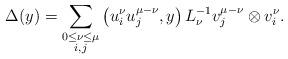
LaTeX: \begin{align*} \Delta(y) = \sum_{\substack{0\leq \nu \leq \mu \\ i,j}} \left(u_i^{\nu}u_j^{\mu-\nu},y\right)L_\nu^{-1}v_j^{\mu-\nu}\otimes v_i^{\nu}. \end{align*}